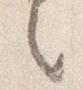
之